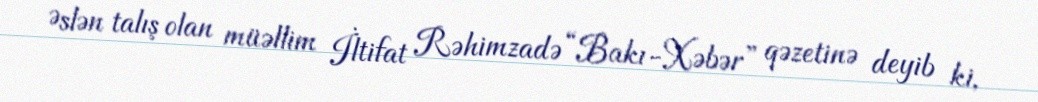
Əslən talış olan müəllim İltifat Rəhimzadə “Bakı-Xəbər” qəzetinə deyib ki,